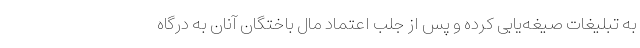
به تبلیغات صیغه‌یابی کرده و پس از جلب اعتماد مال باختگان آنان به درگاه